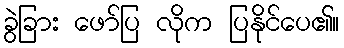
ခွဲခြား ဖော်ပြ လိုက ပြနိုင်ပေ၏။